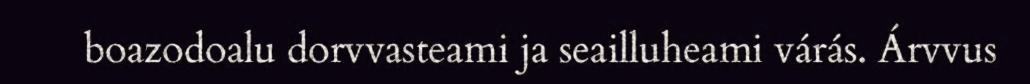
boazodoalu dorvvasteami ja seailluheami várás. Árvvus